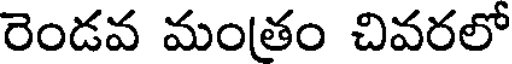
రెండవ మంతం చివరలో